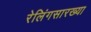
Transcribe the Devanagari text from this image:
रेलिंगसारख्या